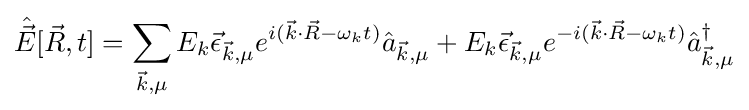
{\hat {\vec {E}}}[{\vec {R}},t]=\sum _{{\vec {k}},\mu }E_{k}{\vec {\epsilon }}_{{\vec {k}},\mu }e^{i({\vec {k}}\cdot {\vec {R}}-\omega _{k}t)}{\hat {a}}_{{\vec {k}},\mu }+E_{k}{\vec {\epsilon }}_{{\vec {k}},\mu }e^{-i({\vec {k}}\cdot {\vec {R}}-\omega _{k}t)}{\hat {a}}_{{\vec {k}},\mu }^{\dagger }